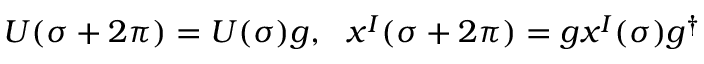
U ( \sigma + 2 \pi ) = U ( \sigma ) g , \ \ x ^ { I } ( \sigma + 2 \pi ) = g x ^ { I } ( \sigma ) g ^ { \dagger }